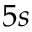
5 s